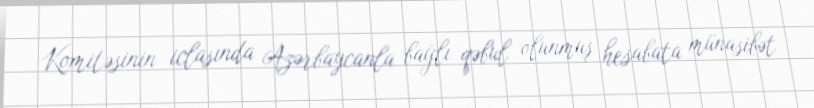
Komitəsinin iclasında Azərbaycanla bağlı qəbul olunmuş hesabata münasibət